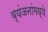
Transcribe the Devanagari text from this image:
व्यंजनांमध्ये